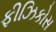
ફીઝિકોસ